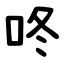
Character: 咚